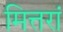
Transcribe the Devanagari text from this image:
मित्तरां